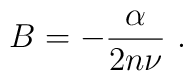
B = -\frac{\alpha}{2 n \nu}~.